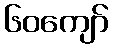
၆၀ကျော်